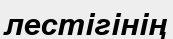
лестігінің